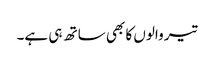
تیر والوں کا بھی ساتھ ہی ہے۔